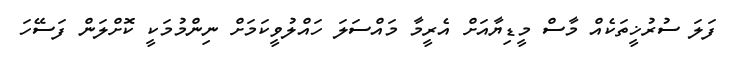
ފަލަ ސުރުޚީތަކެއް މާސް މީޑިޔާއަށް އެރީމާ މައްސަލަ ހައްލުވީކަމަށް ނިންމުމަކީ ކޮށްލަން ފަސޭހަ